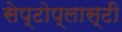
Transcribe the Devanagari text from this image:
सेप्टोप्लास्टी